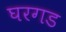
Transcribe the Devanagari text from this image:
घरगड